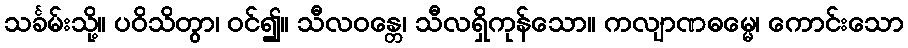
သင်္ခမ်းသို့။ ပဝိသိတွာ၊ ဝင်၍။ သီလဝန္တေ၊ သီလရှိကုန်သော။ ကလျာဏဓမ္မေ၊ ကောင်းသော